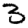
Digit: 3